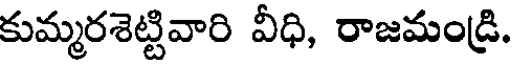
కుమ్మరశెట్టివారి వీధి, రాజమండ్రి.